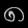
Digit: ၈